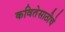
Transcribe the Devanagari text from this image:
कवितेसाठीचे